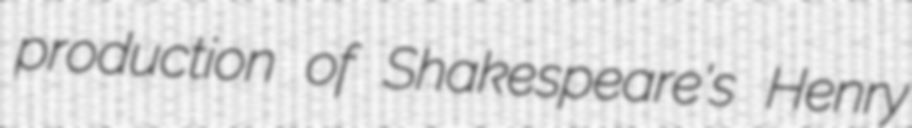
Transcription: production of Shakespeare's Henry